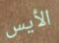
الأيس